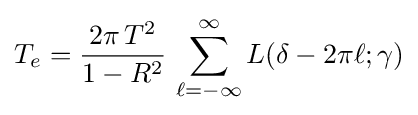
T_{e}={\frac {2\pi \,T^{2}}{1-R^{2}}}\,\sum _{\ell =-\infty }^{\infty }L(\delta -2\pi \ell ;\gamma )